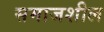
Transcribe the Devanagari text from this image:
समाजशील